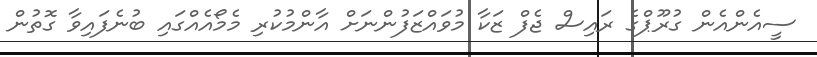
ސީއެންއެން ގުރޫޕްގެ ރައިސް ޖެފް ޒަކާ މުވައްޒަފުންނަށް އާންމުކުރި މެމޯއެއްގައި ބުނެފައިވާ ގޮތުން